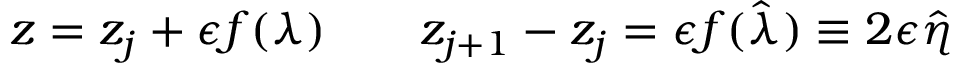
z = z _ { j } + \epsilon f ( \lambda ) \qquad z _ { j + 1 } - z _ { j } = \epsilon f ( \hat { \lambda } ) \equiv 2 \epsilon \hat { \eta }